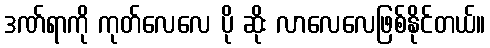
ဒဏ်ရာကို ကုတ်လေလေ ပို ဆိုး လာလေလေဖြစ်နိုင်တယ်။